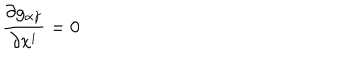
LaTeX: \frac { \partial g _ { \alpha \gamma } } { \partial x ^ { i } } = 0